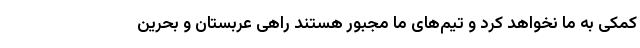
کمکی به ما نخواهد کرد و تیم‌های ما مجبور هستند راهی عربستان و بحرین